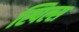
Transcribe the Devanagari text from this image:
स्पिल्स